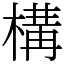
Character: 構